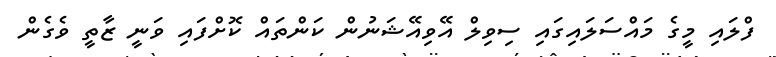
ފްލައި މީގެ މައްސަލައިގައި ސިވިލް އޭވިއޭޝަނުން ކަންތައް ކޮށްފައި ވަނީ ޒާތީ ވެގެން